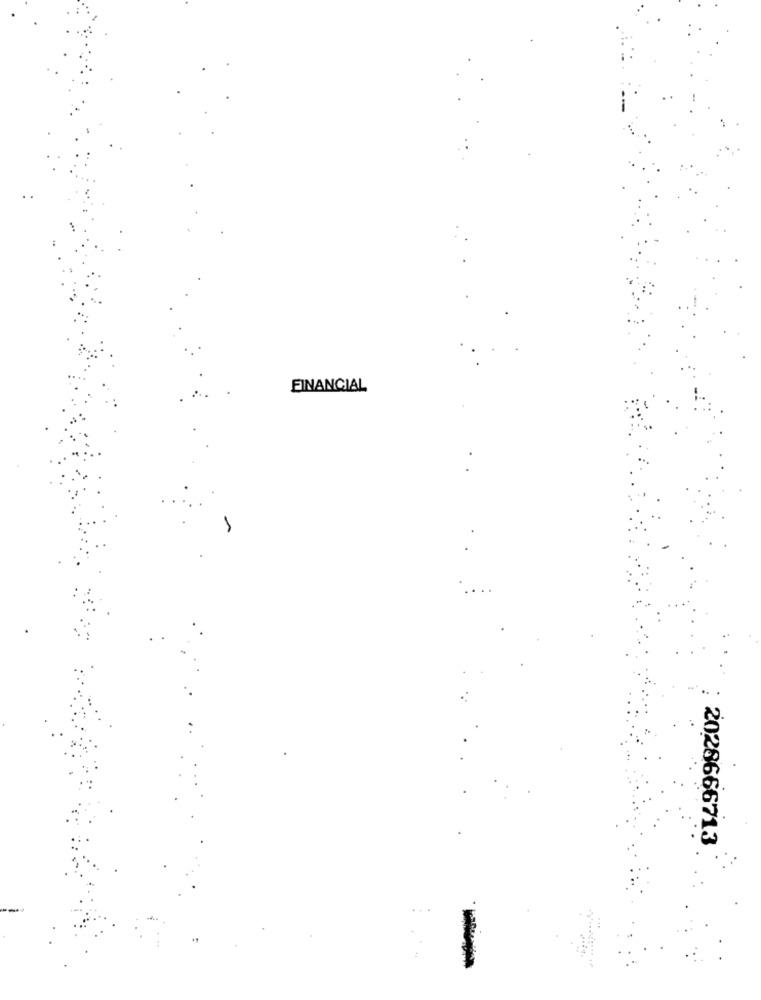
FINANCIAL
2028666713